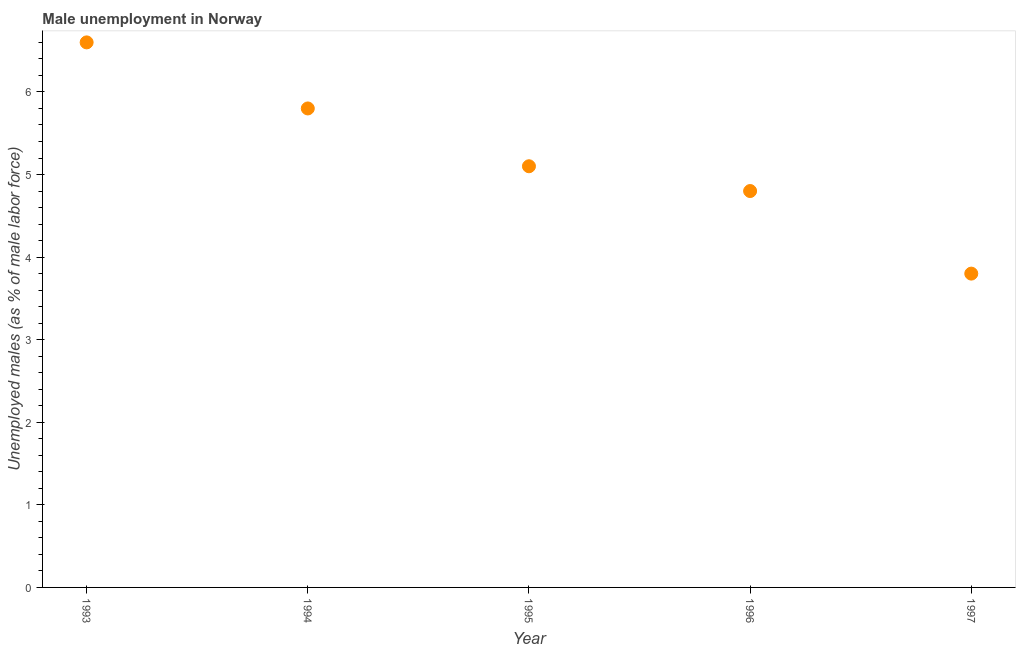
| Year | Unemployment |
 | --- | --- |
 | 1993 | 6.6 |
 | 1994 | 5.8 |
 | 1995 | 5.1 |
 | 1996 | 4.8 |
 | 1997 | 3.8 |